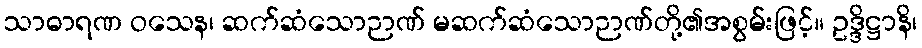
သာဓာရဏ ဝသေန၊ ဆက်ဆံသောဉာဏ် မဆက်ဆံသောဉာဏ်တို့၏အစွမ်းဖြင့်။ ဥဒ္ဒိဋ္ဌာနိ၊